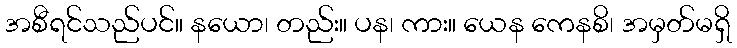
အစီရင်သည်ပင်။ နယော၊ တည်း။ ပန၊ ကား။ ယေန ကေနစိ၊ အမှတ်မရှိ